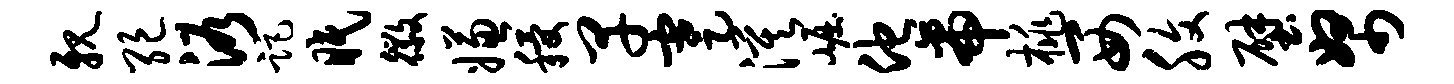
亲绝浴距眠徽嫌稷早蹇漠崛他帝桃西腹壁帑